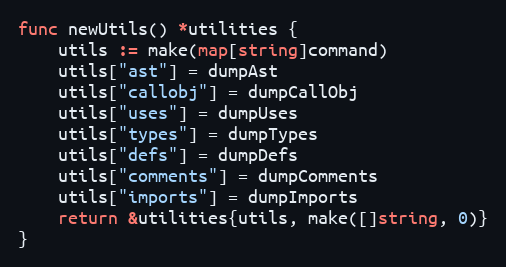
Language: Go
func newUtils() *utilities {
	utils := make(map[string]command)
	utils["ast"] = dumpAst
	utils["callobj"] = dumpCallObj
	utils["uses"] = dumpUses
	utils["types"] = dumpTypes
	utils["defs"] = dumpDefs
	utils["comments"] = dumpComments
	utils["imports"] = dumpImports
	return &utilities{utils, make([]string, 0)}
}